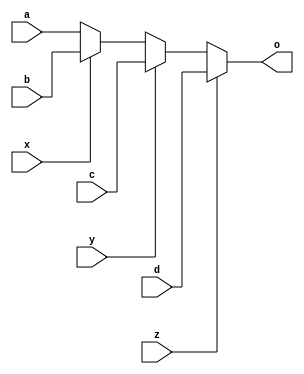
module clairexen_nonexclusive_select (
        input wire x, y, z,
        input wire a, b, c, d,
        output reg o
);
        always @* begin
                o = a;
                if (x) o = b;
                if (y) o = c;
                if (z) o = d;
        end
endmodule